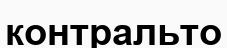
контральто